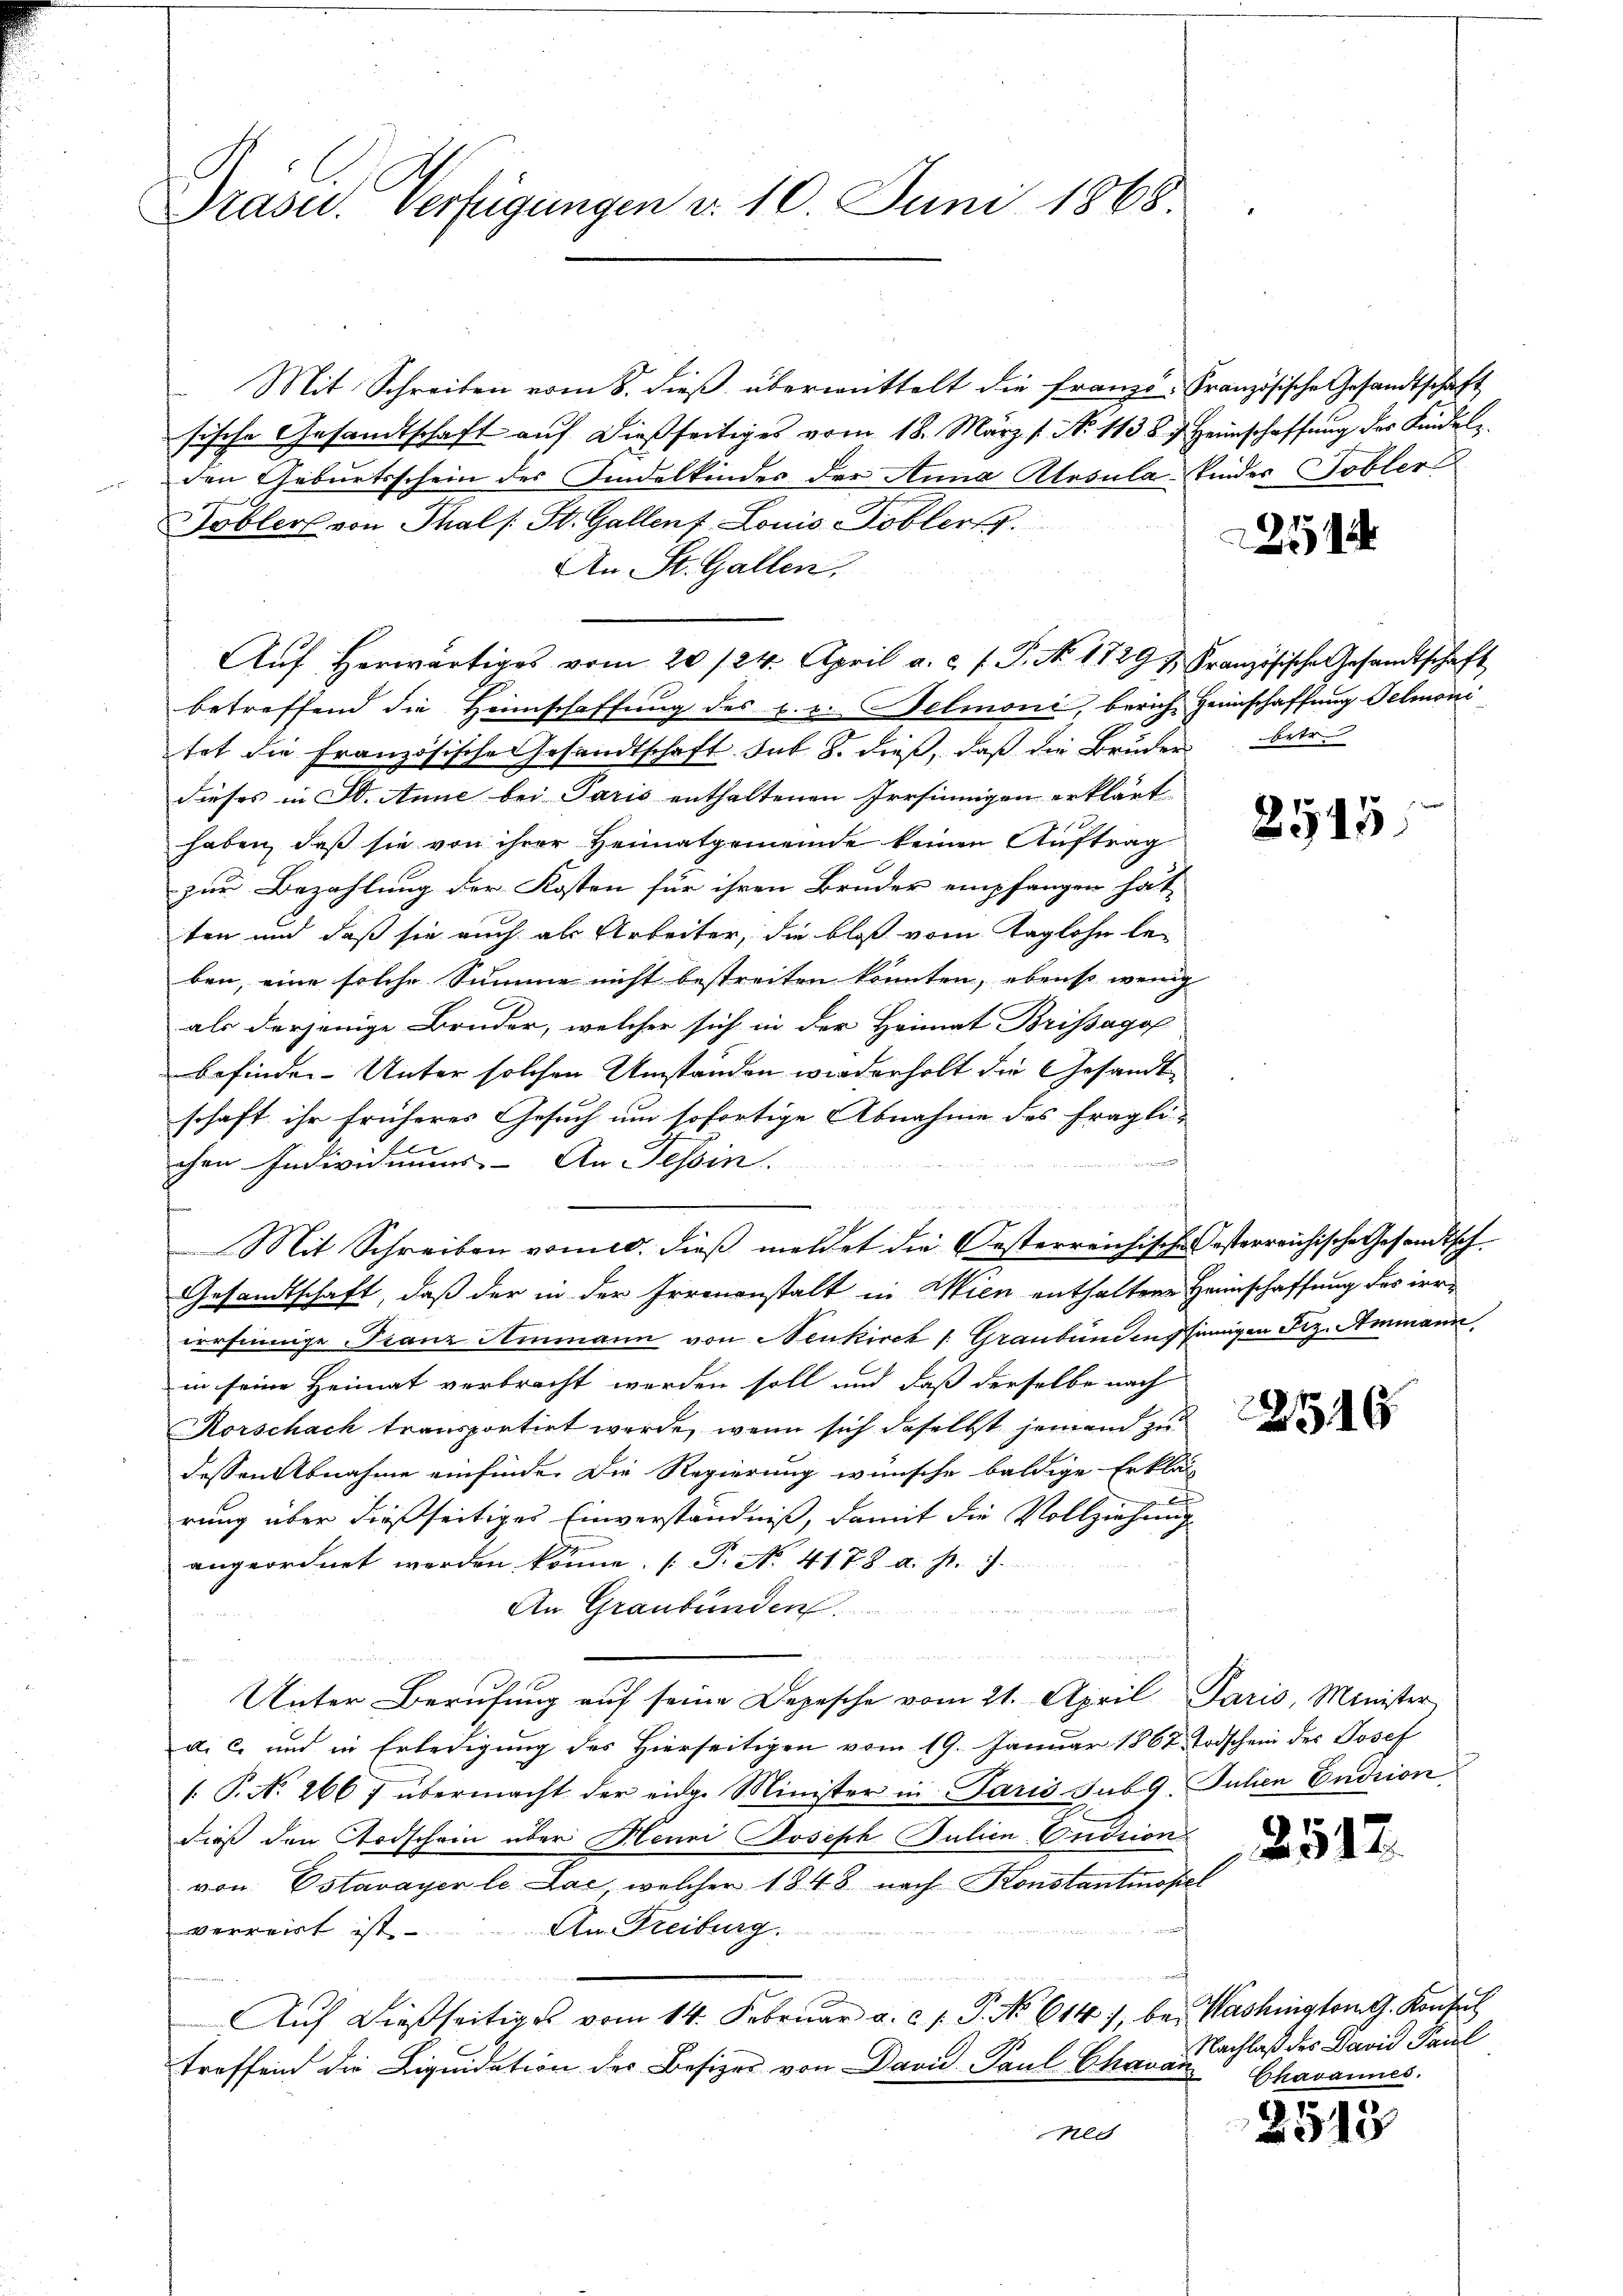
Präsid. Verfügungen d. 10. Juni 1868.

.
Mit Schreiben vom 8. dieß übermittelt die Franzö-Französische Gesandtschaft
sische Gesandtschaft auf dießseitiges vom 18. März 1. No. 1138. Heimschaffung der Kindel
den Geburtsschein des Fidelkinder der Anna Kosula Kinder Tobler
Tobler von Thals St. Gallenf Louis-Kobler.
An St. Gallen.
Aŭf herwärtiges vom 20./24. April a. c. s. S. No. 1729 u. Französische Gesandtschaft
betreffend die Heimschaffung des L. v. Belmoni, berich Heimschaffung Gelimoni
tet die Französische Gesandtschaft sub. 8. dieß, daß die Bruder betr.
dieses in St. Anne bei Paris enthaltenen Irrsinnigen erklärt
haben, daß sie von ihrer Heimatgemeinde keinen Auftrag
zur Bezahlung der Kosten für ihren Bruder empfangen hat,
ten und daß sie auch als Arbeiter, die bloß vom Taglohn le-
ben, eine solche Summe nicht bestreiten könnten, ebenso wenig
als derjenige Bruder, welcher sich in der Heimat Brissago
befinden. Unter solchen Umstanden wiederholt die Gesandtschaft ihr früheres Gesuch um sofortige Abnahme des fragli-
chen Individuums- An Tessin.
aigen Berichtung die Bennen. E
Mit Schreiben vom 10. dieß meldet die Oesterreichische esterreichische Gesandtsch
Gesandtschaft, daß der in der Irrenanstalt in Wien enthaltene Heimschaffung des irrirrsinnige Franz Ammann von Neukirch /: Graubünden seinigen Frz. Ammann
in seine Heimat verbracht werden soll und daß derselbe nach
Korschach transportirt werde, wenn sich daselbst jemand zu
dessen Abnahme einfinde. Die Regierung wünsche baldige Erklär
E
rung über dießseitiges Einverständniß, damit die Vollziehung
angeordnet werden könne. (T. N. 4178 a. p. 7.
An Graubünden

u
Unter Berufung auf seine Depesche vom 21. April Paris, Minister
di c. und in Erledigung des Hierseitigen vom 19. Januar 1867 Todschein des Josef
.P. No. 266 übermacht der eidge Minister in Paris sub 9. Julien Endrion,
dieß den Todschein über Meuri Joseph Julien-Endsion
von Estavayer le Lac, welcher 1848 nach Konstantinopel
An Freiburg.
verweit ist
Aŭf dießseitiges vom 14. Febrŭar a. c. 1. P. No 614), bei Washington G. Konsul
treffend die Liquidation der Besizer von David Paul Chavan
nech

2545.

2512.

Nachlaß des David Paul
Chavannes.

2513